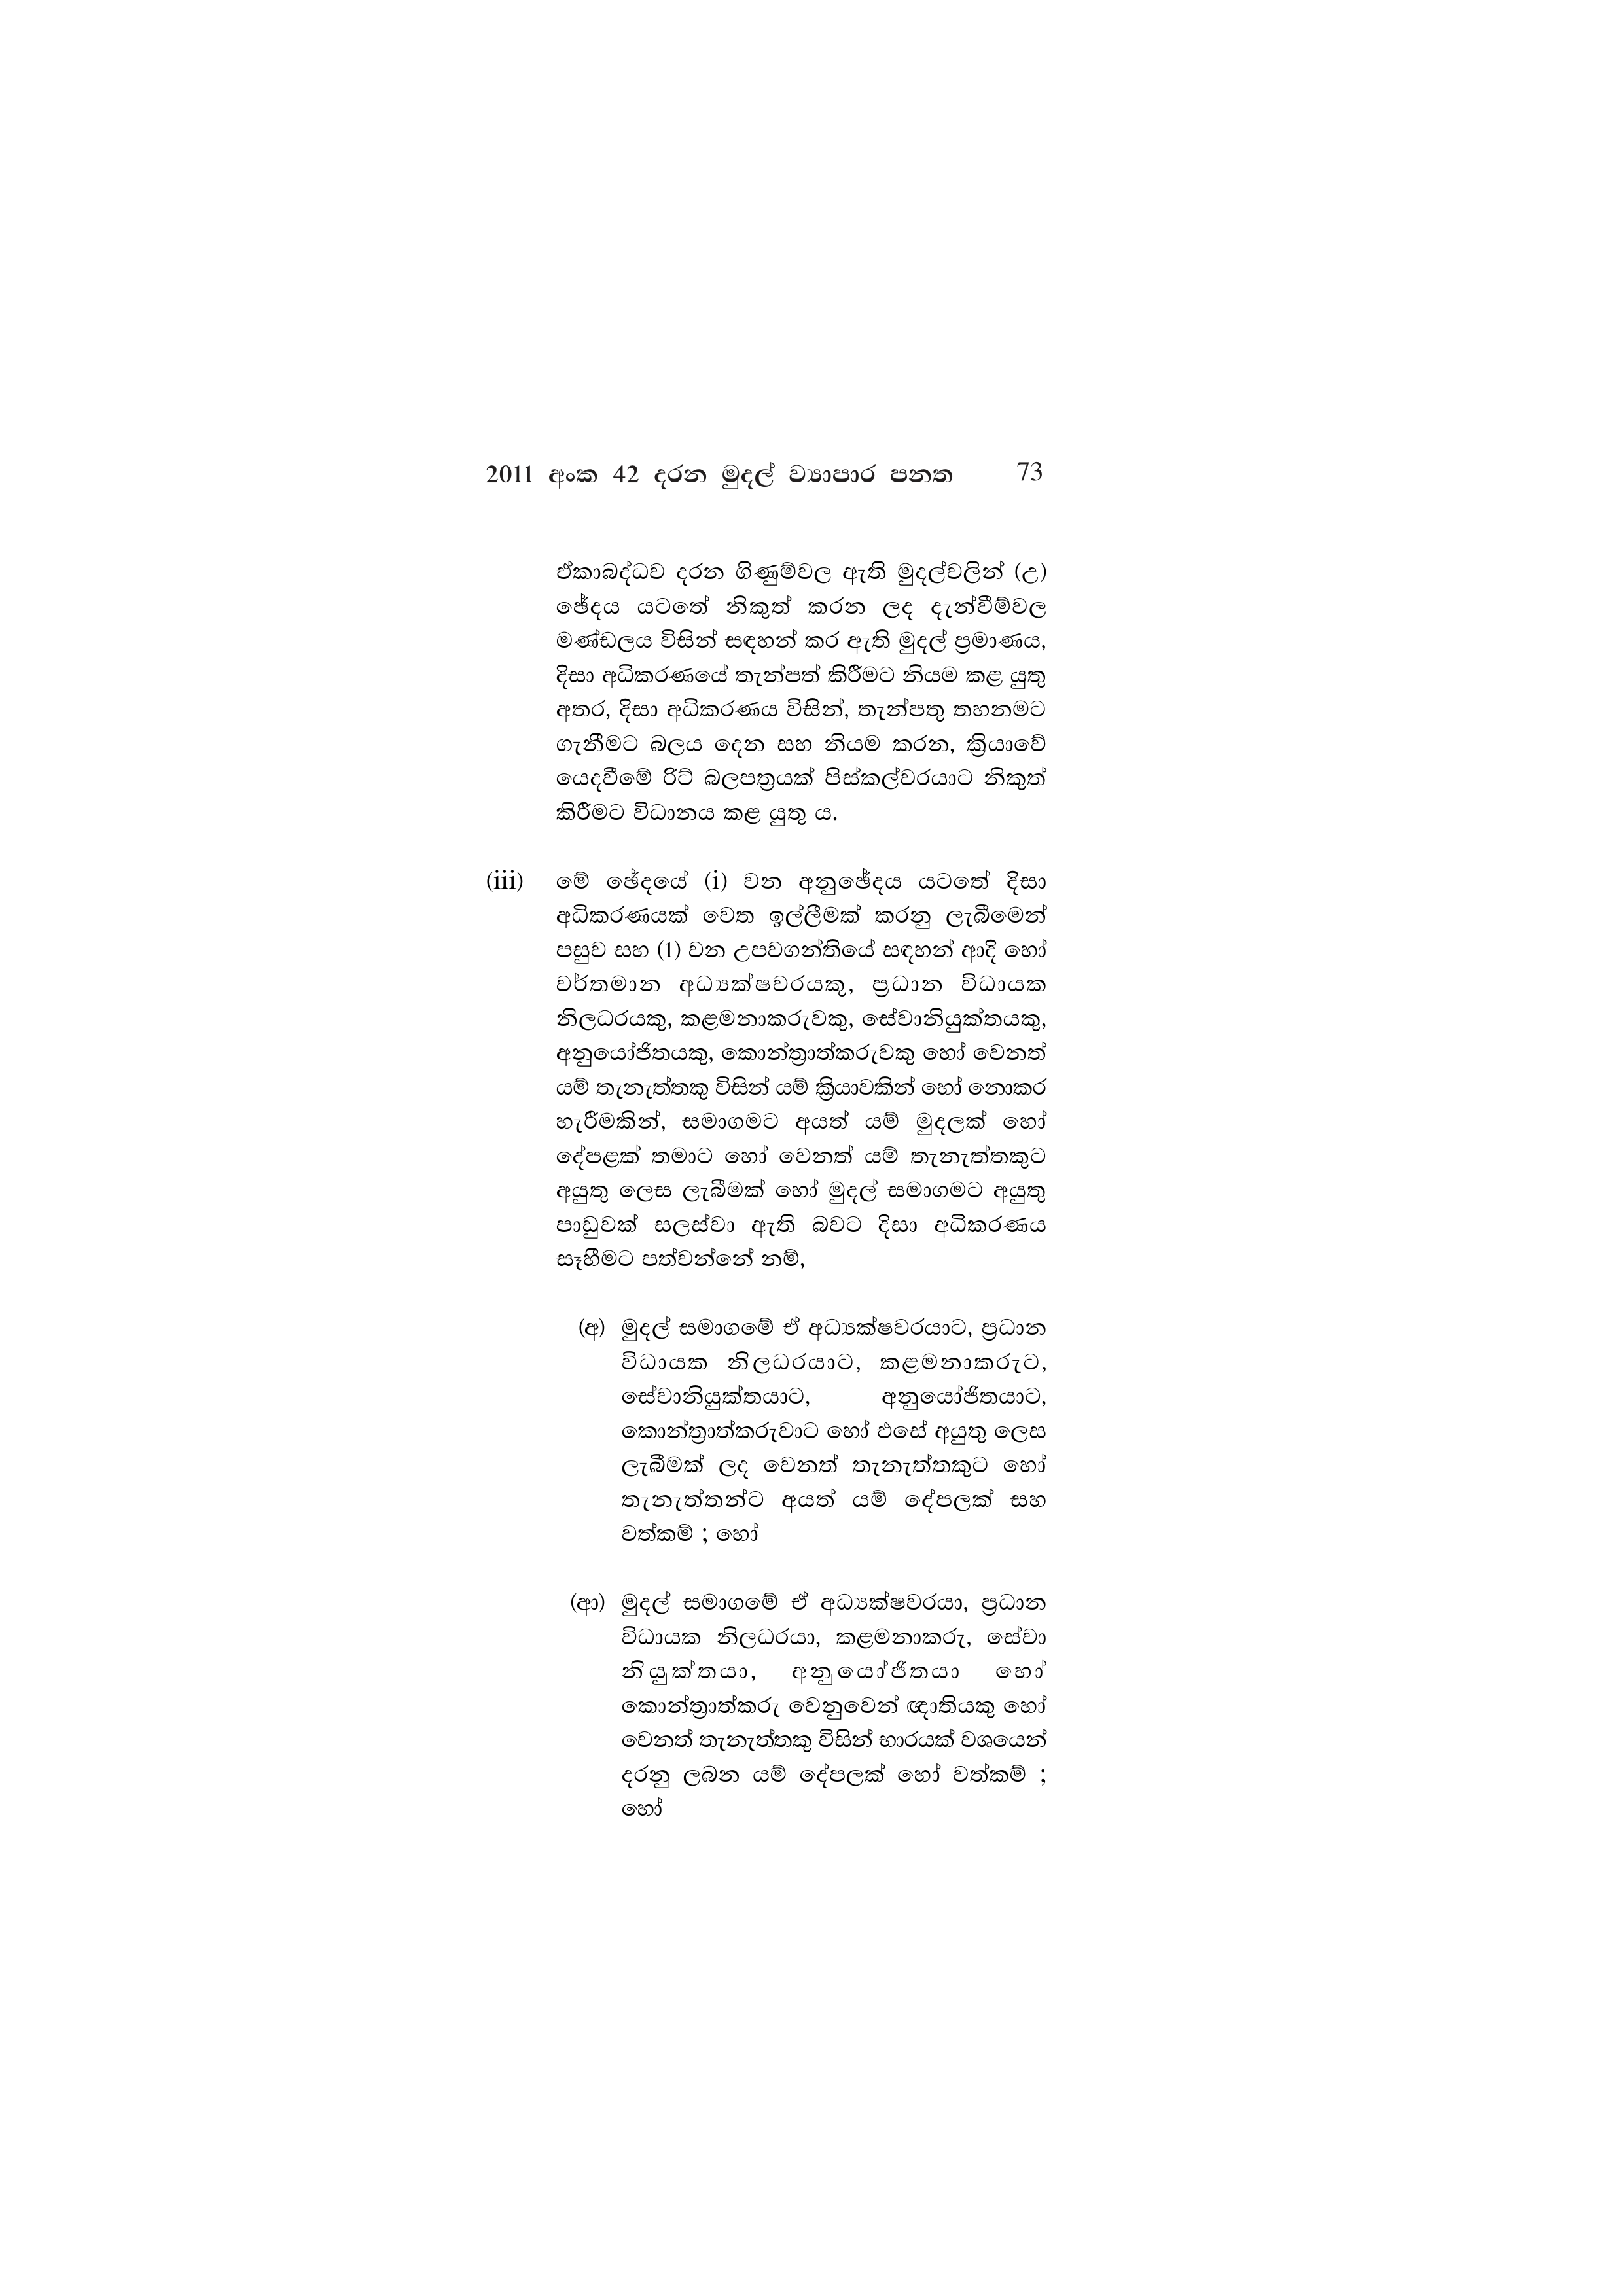
2011 අංක 42 දරන මුදල් ව්‍යාපාර පනත 73

ඒකාබද්ධව දරන ගිණුම්වල ඇති මුදල්වලින් (උ)
ඡේදය යටතේ නිකුත් කරන ලද දැන්වීම්වල
මණ්ඩලය විසින් සඳහන් කර ඇති මුදල් ප්‍රමාණය,
දිසා අධිකරණයේ තැන්පත් කිරීමට නියම කළ යුතු
අතර, දිසා අධිකරණය විසින්, තැන්පතු තහනමට
ගැනීමට බලය දෙන සහ නියම කරන, ක්‍රියාවේ
යෙදවීමේ රිට් බලපත්‍රයක් පිස්කල්වරයාට නිකුත්
කිරීමට විධානය කළ යුතු ය.

(iii) මේ ඡේදයේ (i) වන අනුඡේදය යටතේ දිසා
අධිකරණයක් වෙත ඉල්ලීමක් කරනු ලැබීමෙන්
පසුව සහ (1) වන උපවගන්තියේ සඳහන් ආදි හෝ
වර්තමාන අධ්‍යක්ෂවරයකු, ප්‍රධාන විධායක
නිලධරයකු, කළමනාකරුවකු, සේවානියුක්තයකු,
අනුයෝජිතයකු, කොන්ත්‍රාත්කරුවකු හෝ වෙනත්
යම් තැනැත්තකු විසින් යම් ක්‍රියාවකින් හෝ නොකර
හැරීමකින්, සමාගමට අයත් යම් මුදලක් හෝ
දේපළක් තමාට හෝ වෙනත් යම් තැනැත්තකුට
අයුතු ලෙස ලැබීමක් හෝ මුදල් සමාගමට අයුතු
පාඩුවක් සලස්වා ඇති බවට දිසා අධිකරණය
සෑහීමට පත්වන්නේ නම්,

(අ) මුදල් සමාගමේ ඒ අධ්‍යක්ෂවරයාට, ප්‍රධාන
විධායක නිලධරයාට, කළමනාකරුට,
සේවානියුක්තයාට, අනුයෝජිතයාට,
කොන්ත්‍රාත්කරුවාට හෝ එසේ අයුතු ලෙස
ලැබීමක් ලද වෙනත් තැනැත්තකුට හෝ
තැනැත්තන්ට අයත් යම් දේපලක් සහ
වත්කම් ; හෝ

(ආ) මුදල් සමාගමේ ඒ අධ්‍යක්ෂවරයා, ප්‍රධාන
විධායක නිලධරයා, කළමනාකරු, සේවා
නියුක්තයා, අනුයෝජිතයා හෝ
කොන්ත්‍රාත්කරු වෙනුවෙන් ඥාතියකු හෝ
වෙනත් තැනැත්තකු විසින් භාරයක් වශයෙන්
දරනු ලබන යම් දේපලක් හෝ වත්කම් ;
හෝ